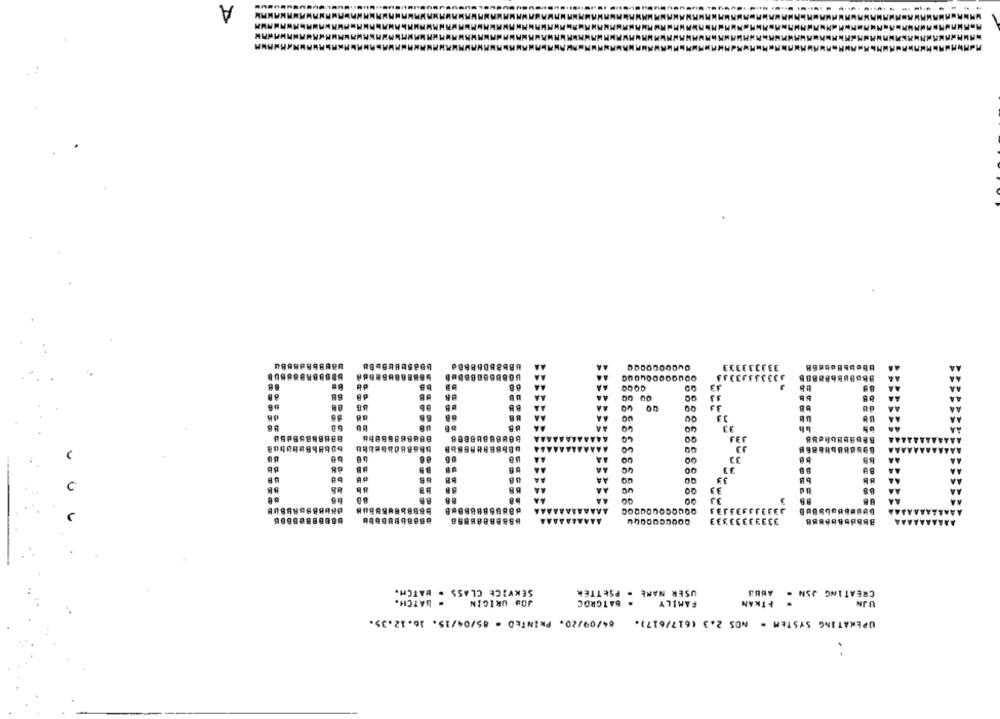
A
98
UB
BB
333333333333
33333333333
D
SERVICE CLASS . BATCH.
USER NAME - PSETTÉK
CREATING JSN .
- BATCH.
JOB URIGIN
. BATGROC
FAMILY
+TKAN
UJN
04/09/20. PRINTED - 85/04/15. 16.12.35.
OPERATING SYSTEM = NOS 2.3 (617/617).